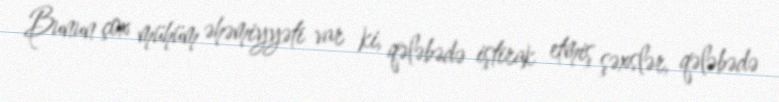
Bunun çox mühüm əhəmiyyəti var ki, qələbədə iştirak etmiş şəxslər, qələbədə